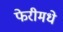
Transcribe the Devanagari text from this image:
फेरीमधे